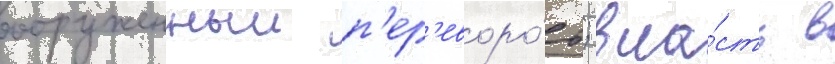
вооруженныи п'ер'еворо́т; вла́сть в